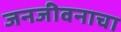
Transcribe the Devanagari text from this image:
जनजीवनाचा